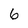
Character: 6